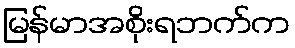
မြန်မာအစိုးရဘက်က